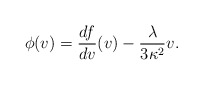
\begin{align*} \phi(v)=\frac{df}{dv}(v)-\frac{\lambda}{3\kappa^2}v.\end{align*}